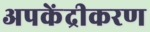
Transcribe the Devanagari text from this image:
अपकेंद्रीकरण